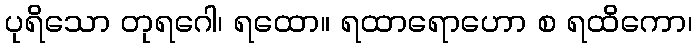
ပုရိသော တုရဂေါ၊ ရထော။ ရထာရောဟော စ ရထိကော၊